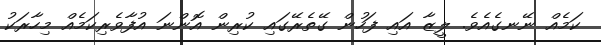
ކަމެއް ނޭނގެއެވެ. ލީޒާ އައި ފަހުން ގޭތެރޭގައި ކުރިން އޮންނަ އުފާވެރިކަމެއް މިހާރަކު